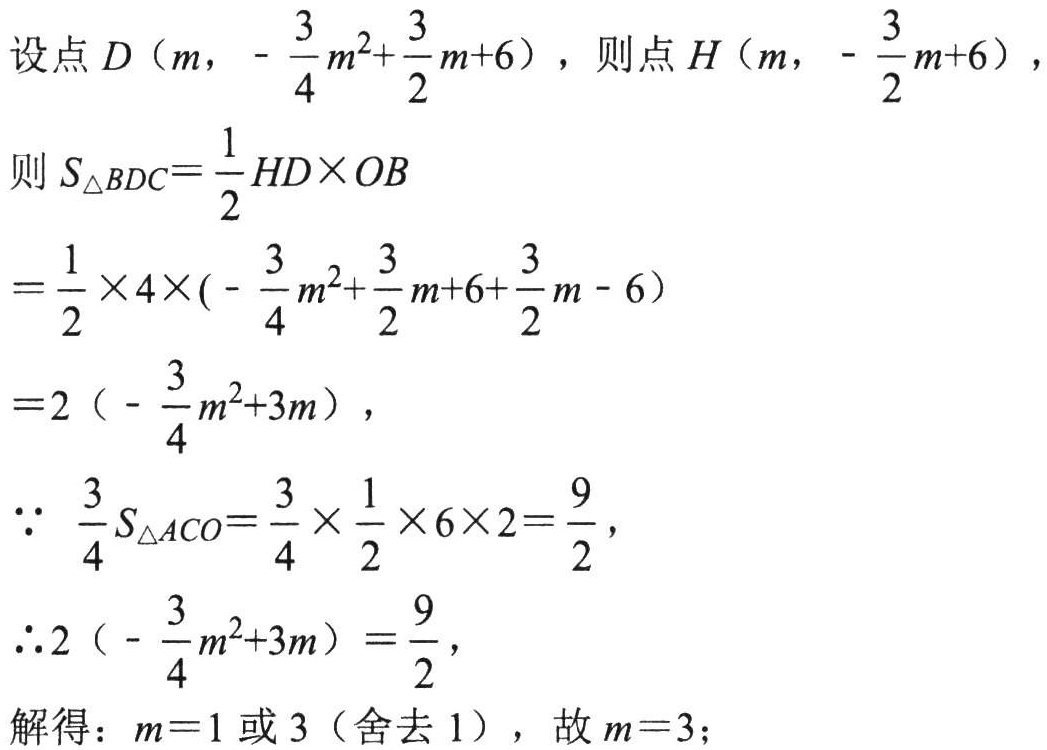
设点 \(D\left(m,-\frac{3}{4}m^{2}+\frac{3}{2}m + 6\right)\)，则点 \(H\left(m,-\frac{3}{2}m + 6\right)\)，
则 \(S_{\triangle BDC}=\frac{1}{2}HD\times OB\)
\(=\frac{1}{2}\times4\times\left(-\frac{3}{4}m^{2}+\frac{3}{2}m + 6+\frac{3}{2}m-6\right)\)
\(=2\left(-\frac{3}{4}m^{2}+3m\right)\)，
\(\because\ \frac{3}{4}S_{\triangle ACO}=\frac{3}{4}\times\frac{1}{2}\times6\times 2=\frac{9}{2}\)，
\(\therefore2\left(-\frac{3}{4}m^{2}+3m\right)=\frac{9}{2}\)，
解得：\(m = 1\) 或 \(3\)（舍去 \(1\)），故 \(m = 3\)；